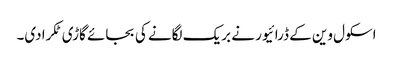
اسکول وین کے ڈرائیور نے بریک لگانے کی بجائے گاڑی ٹکرادی۔